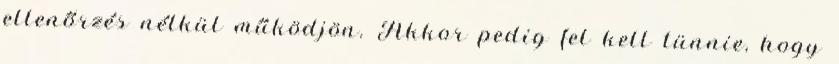
ellenőrzés nélkül működjön. Akkor pedig fel kell tünnie, hogy